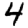
Digit: 4